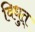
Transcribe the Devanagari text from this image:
विधुत्